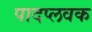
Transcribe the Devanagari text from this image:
पादप्लवक